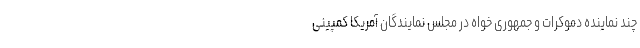
چند نماینده دموکرات و جمهوری خواه در مجلس نمایندگان آمریکا کمپینی